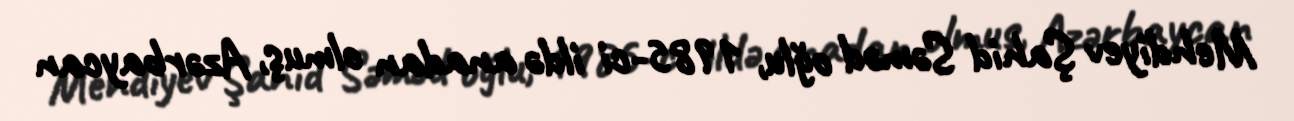
Mehdiyev Şahid Səməd oğlu, 1985-ci ildə anadan olmuş, Azərbaycan